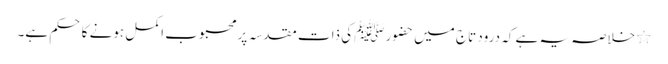
٭ خلاصہ یہ ہے کہ درود تاج میں حضورﷺ کی ذات مقدسہ پر محبوب اکمل ہونے کا حکم ہے۔